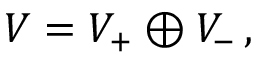
V = V _ { + } \oplus V _ { - } \, ,